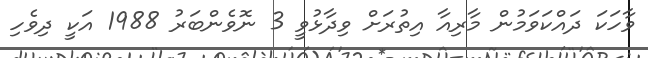
ވާހަކަ ދައްކަވަމުން މާރިއާ އިތުރަށް ވިދާޅުވީ 3 ނޮވެންބަރު 1988 އަކީ ދިވެހި